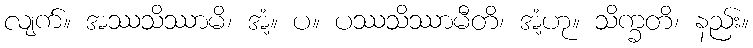
လျက်။ အဿသိဿာမိ၊ အံ့။ ပ။ ပဿသိဿာမီတိ၊ အံ့ဟု။ သိက္ခတိ၊ နည်း။